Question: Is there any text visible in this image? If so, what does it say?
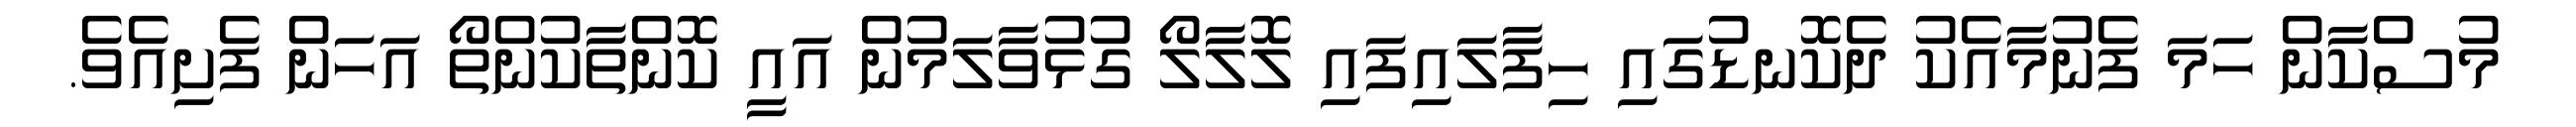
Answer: މުސްކާން ހަމަ ފެނުމާއެކު ދެކޮނޑުގައި ހިފާލައިފައި ލޮލާލޯ ގުޅުވާލަމުން އައީ ކޮންތާކުންތޯ އަހަން ފެށިއެވެ.